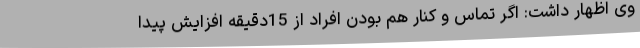
وی اظهار داشت: اگر تماس و کنار هم بودن افراد از 15دقیقه افزایش پیدا